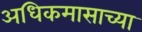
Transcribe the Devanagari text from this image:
अधिकमासाच्या